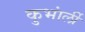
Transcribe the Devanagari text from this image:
कुभांर्ली